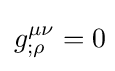
g_{;\rho }^{\mu \nu }=0\!